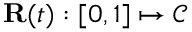
{ \mathbf { R } } ( t ) : [ 0 , 1 ] \mapsto { \mathcal { C } }